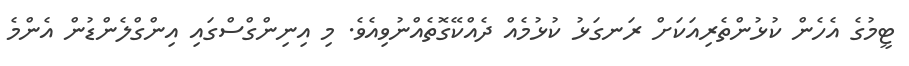
ޓީމުގެ އެހެން ކުޅުންތެރިއަކަށް ރަނގަޅު ކުޅުމެއް ދެއްކޭގޮތެއްނުވިއެވެ. މި އިނިންގްސްގައި އިންގްލެންޑުން އެންމެ